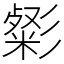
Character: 㣓